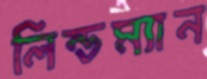
লিন্ডম্যান